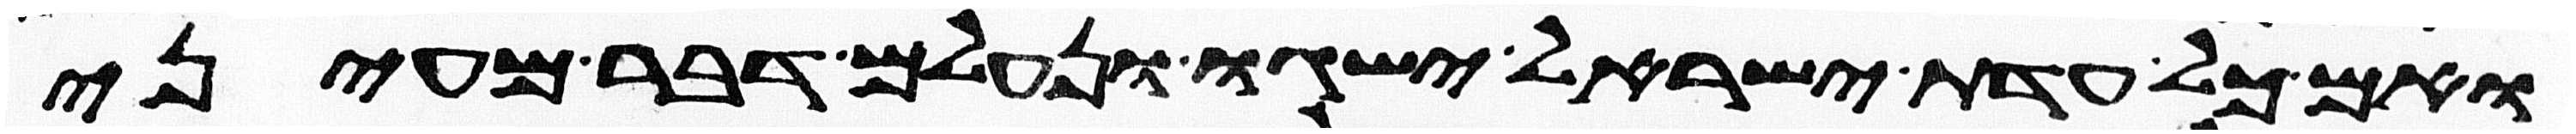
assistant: ואם כל עדת ישראל ישגו ונעלם דבר מעיני